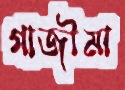
গাজীমা